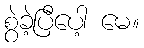
စွဲခဲ့ပြီပေါ့ မေ။